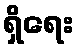
ရှိရေး